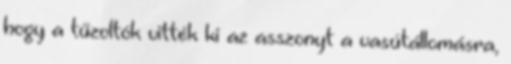
hogy a tűzoltók vitték ki az asszonyt a vasútállomásra,